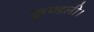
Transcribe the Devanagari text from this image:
कुण्डली।